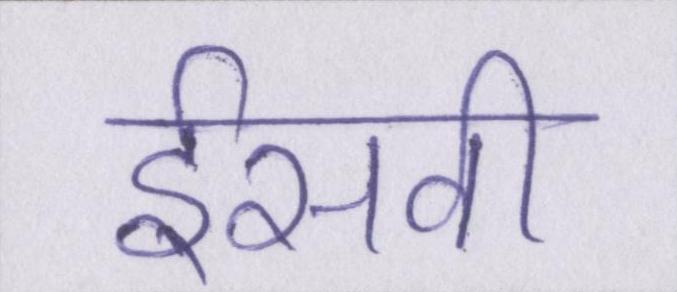
ईसवी